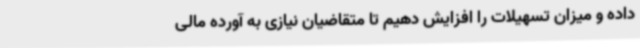
داده و میزان تسهیلات را افزایش دهیم تا متقاضیان نیازی به آورده مالی